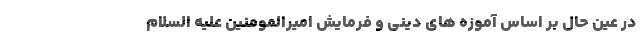
در عین حال بر اساس آموزه های دینی و فرمایش امیرالمومنین علیه السلام